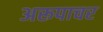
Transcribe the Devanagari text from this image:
अरूपाचर